Relation of titanus [i.e. tetanus] to the hypodermic or intramuscular injection of quinine - Number 43
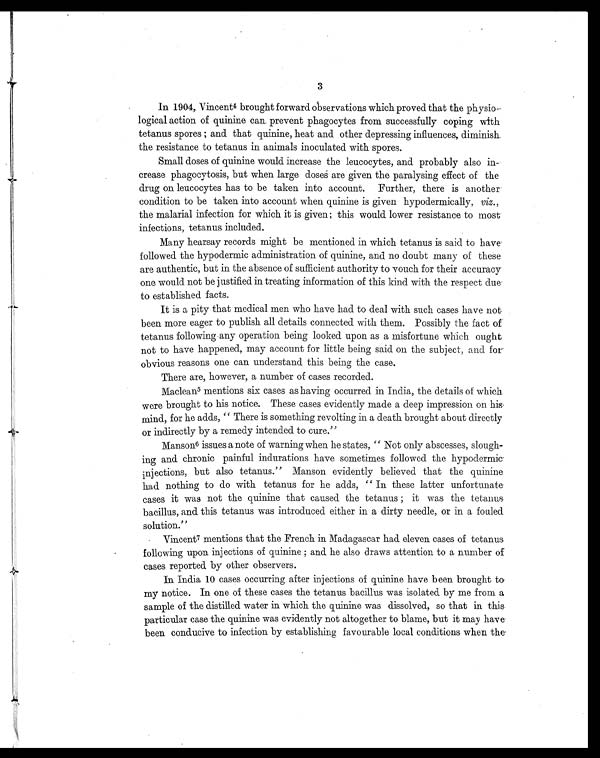
3
In 1904, Vincent4 brought forward observations which proved that the physio-
logical action of quinine can prevent phagocytes from successfully coping with
tetanus spores ; and that quinine, heat and other depressing influences, diminish
the resistance to tetanus in animals inoculated with spores.
Small doses of quinine would increase the leucocytes, and probably also in
crease phagocytosis, but when large doses are given the paralysing effect of the
drug on leucocytes has to be taken into account. Further, there is another
condition to be taken into account when quinine is given hypodermically, viz .,
the malarial infection for which it is given; this would lower resistance to most
infections, tetanus included.
Many hearsay records might be mentioned in which tetanus is said to have.
followed the hypodermic administration of quinine, and no doubt many of these
are authentic, but in the absence of sufficient authority to vouch for their accuracy
one would not be justified in treating information of this kind with the respect due
to established facts.
It is a pity that medical men who have had to deal with such cases have not
been more eager to publish all details connected with them. Possibly the fact of
tetanus following any operation being looked upon as a misfortune which ought
not to have happened, may account for little being said on the subject, and for'
obvious reasons one can understand this being the case.
There are, however, a number of cases recorded.
Maclean5 mentions six cases as having occurred in India, the details of which.
were brought to his notice. These cases evidently made a deep impression on his,
mind, for he adds, " There is something revolting in a death brought about directly
or indirectly by a remedy intended to cure."
Manson6 issues a note of warning when he states, " Not only abscesses, slough-
ing and chronic painful indurations have sometimes followed the hypodermic.
injections, but also tetanus." Manson evidently believed that the quinine
had nothing to do with tetanus for he adds, " In these latter unfortunate
cases it was not the quinine that caused the tetanus ; it was the tetanus.
bacillus, and this tetanus was introduced either in a dirty needle, or in a fouled
solution."
Vincent7 mentions that the French in Madagascar had eleven cases of tetanus
following upon. injections of quinine and he also draws attention to a number of
cases reported, by other observers.
In India 10 cases occurring after injections of quinine have been brought to.
my notice. In one of these cases the tetanus bacillus was isolated by me from a
sample of the distilled water in which the quinine was dissolved, so that in this
particular case the quinine was evidently not altogether to blame, but it may have.
been conducive to infection by establishing favourable local conditions when the